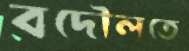
বদৌলতে